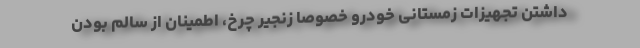
داشتن تجهیزات زمستانی خودرو خصوصا زنجیر چرخ، اطمینان از سالم بودن